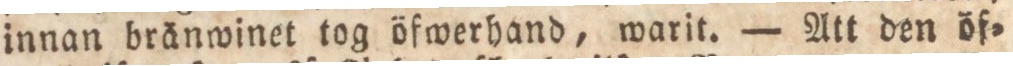
innan bränwinet tog öfwerhand, warit. — Att den öf=